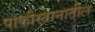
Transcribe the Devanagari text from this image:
पाकीस्तानातील